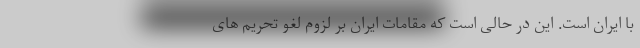
با ایران است. این در حالی است که مقامات ایران بر لزوم لغو تحریم های